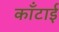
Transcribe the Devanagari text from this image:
काँटाई